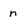
Character: n